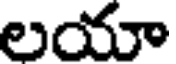
లయా